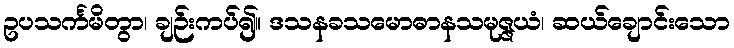
ဥပသင်္ကမိတွာ၊ ချဉ်းကပ်၍။ ဒသနခသမောဓာနသမုဇ္ဇယံ၊ ဆယ်ချောင်းသော